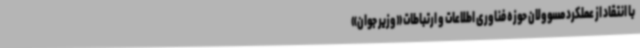
با انتقاد از عملکرد مسوولان حوزه فناوری اطلاعات و ارتباطات «وزیر جوان»